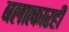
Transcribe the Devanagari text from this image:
बलात्कारही